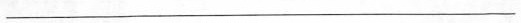
___